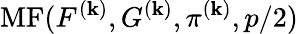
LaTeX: \operatorname{MF}(F^{(\mathbf{k})},G^{(\mathbf{k})},\pi^{(\mathbf{k})},p/2)